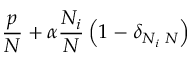
\frac { p } { N } + \alpha \frac { N _ { i } } { N } \left( 1 - \delta _ { N _ { i } \, \, N } \right) \, \,